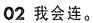
02我会连。